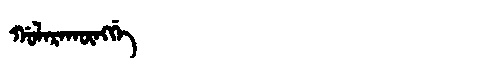
Manchu: ᡤᠣᠯᠠᡵᠠᡴᡡᠩᡤᡝ
Romanization: GOLARAKŪNGGE